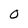
Character: O